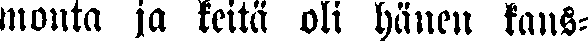
monta ja keitä oli hänen kans-